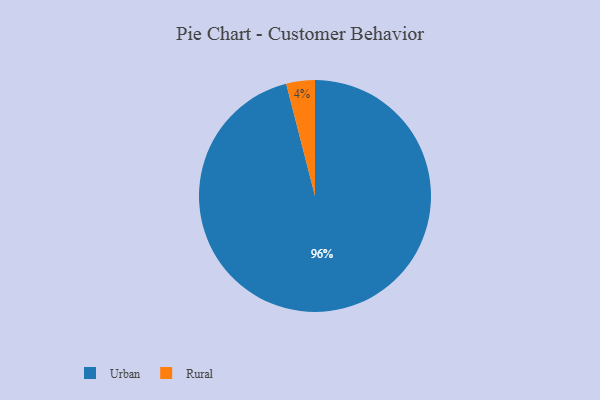
{"axis": {"x": "Category", "y": "Percentage"}, "legend": ["Rural", "Urban"], "data": [{"x": "Urban", "y": 96, "type": "Urban"}, {"x": "Rural", "y": 4, "type": "Rural"}]}